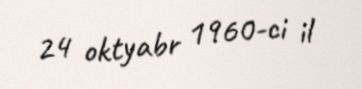
24 oktyabr 1960-ci il